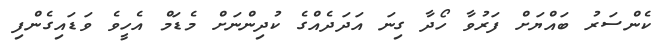
ކެންސަރު ބައްޔަށް ފަރުވާ ހޯދާ ގިނަ އަދަދެއްގެ ކުދިންނަށް މެޑަމް އެހީވެ ވަޑައިގެންފި